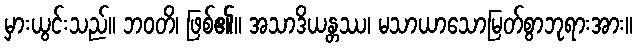
မှားယွင်းသည်။ ဘဝတိ၊ ဖြစ်၏။ အသာဒိယန္တဿ၊ မသာယာသောမြတ်စွာဘုရားအား။